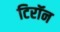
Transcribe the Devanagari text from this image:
टिरॉन